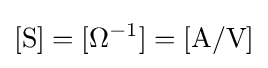
\mathrm {[S]} =[\Omega ^{-1}]=[\mathrm {A} /\mathrm {V} ]